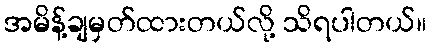
အမိန့်ချမှတ်ထားတယ်လို့ သိရပါတယ်။